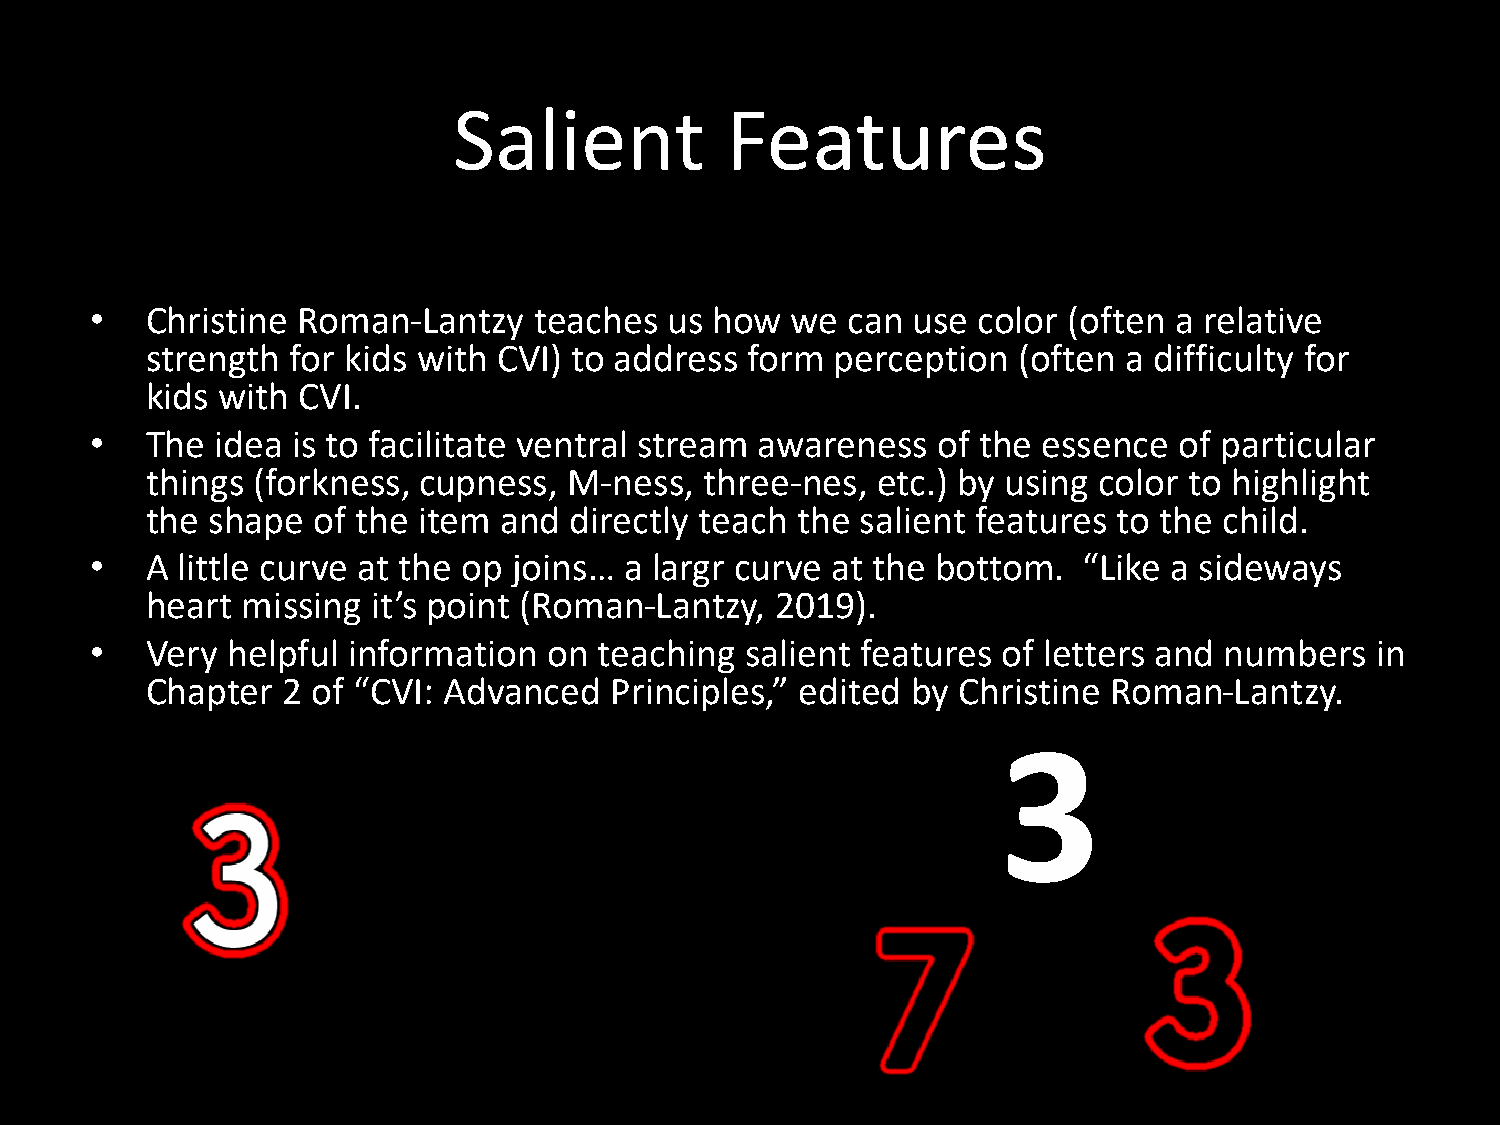
Salient           Features
 •   Christine Roman-Lantzy   teaches  us how  we  can use  color (often a relative
 strength for kids with CVI) to address  form perception  (often  a difficulty for
 kids with CVI.
 •   The idea is to facilitate ventral stream awareness  of the essence  of particular
 things (forkness, cupness,  M-ness,  three-nes, etc.) by using color to highlight
 the shape  of the item and  directly teach the salient features to the child.
 •   A little curve at the op joins… a largr curve at the bottom.  “Like a sideways
 heart missing  it’s point (Roman-Lantzy, 2019).
 •   Very helpful information  on  teaching salient features of letters and numbers   in
 Chapter  2 of “CVI: Advanced  Principles,” edited by Christine  Roman-Lantzy.
 3